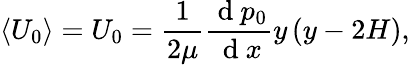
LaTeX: \langle U_{0}\rangle={U_{0}}=\frac{1}{2\mu}\frac{\displaystyle\mathrm{~d~}p_{0}}{\mathrm{~d~}x}y\left(y-2H\right),